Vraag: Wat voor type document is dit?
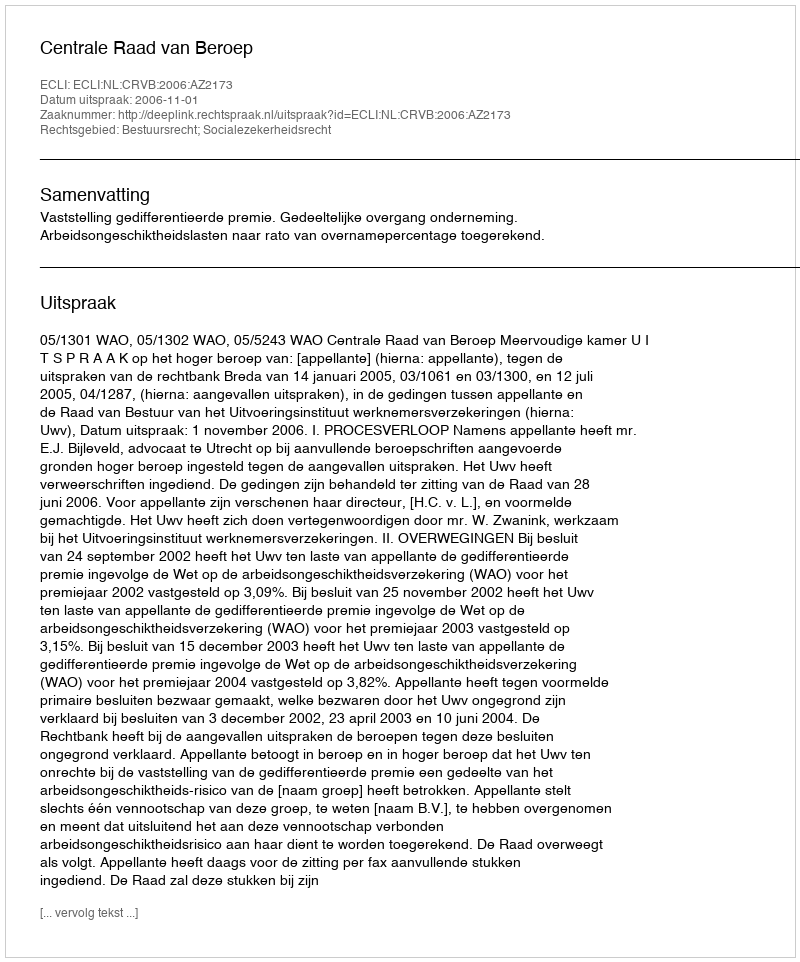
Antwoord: Uitspraak